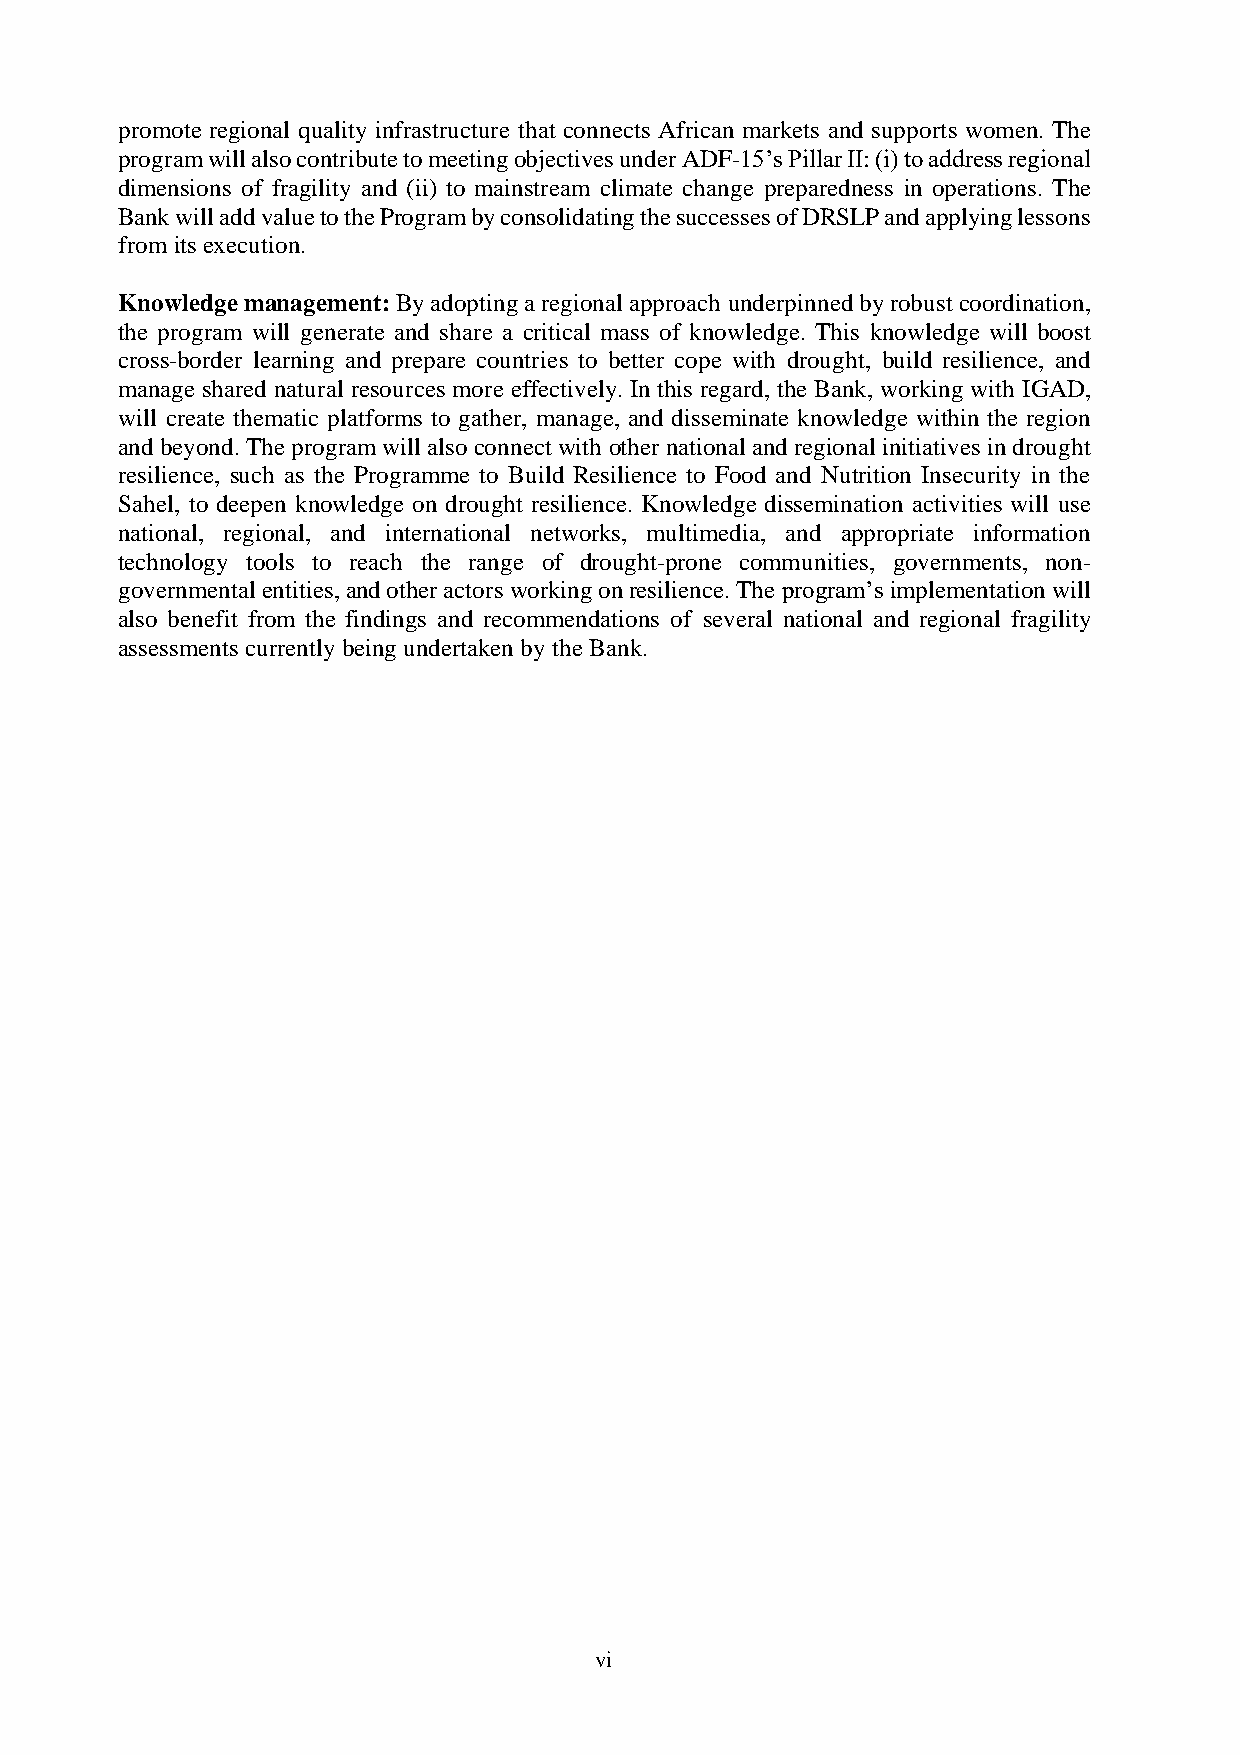
promote regional quality infrastructure that connects African markets and supports women. The
 program will also contribute to meeting objectives under ADF-15’s Pillar II: (i) to address regional
 dimensions of fragility and (ii) to mainstream climate change preparedness in operations. The
 Bank will add value to the Program by consolidating the successes of DRSLP and applying lessons
 from its execution.
 Knowledge management: By adopting a regional approach underpinned by robust coordination,
 the program will generate and share a critical mass of knowledge. This knowledge will boost
 cross-border learning and prepare countries to better cope with drought, build resilience, and
 manage shared natural resources more effectively. In this regard, the Bank, working with IGAD,
 will create thematic platforms to gather, manage, and disseminate knowledge within the region
 and beyond. The program will also connect with other national and regional initiatives in drought
 resilience, such as the Programme to Build Resilience to Food and Nutrition Insecurity in the
 Sahel, to deepen knowledge on drought resilience. Knowledge dissemination activities will use
 national, regional, and international networks, multimedia, and appropriate information
 technology tools to reach the range of drought-prone communities, governments, non-
 governmental entities, and other actors working on resilience. The program’s implementation will
 also benefit from the findings and recommendations of several national and regional fragility
 assessments currently being undertaken by the Bank.
 vi